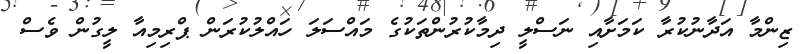
ޒިންމާ އަދާނުކުރާ ކަމަށާއި ނަސްލީ ދިމާކުރުންތަކުގެ މައްސަލަ ހައްލުކުރަން ޕްރިމިއާ ލީގުން ވެސް